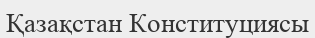
Қазақстан Конституциясы